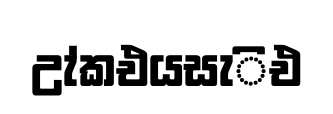
උැ්කඑයසැිඑ